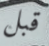
قبل